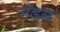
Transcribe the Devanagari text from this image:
मंडळं